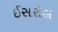
ઈસરોલ